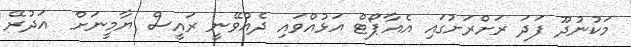
މަކުނުދޫ ފަދަ ރަށްރަށުގައި އެއާޕޯޓް އަޅުއްވައި ދެއްވޭނީ ރައީސް ޔާމީނަށް  އަދުރޭ